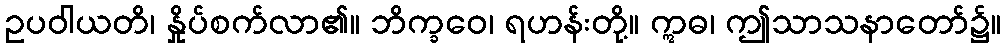
ဥပဝါယတိ၊ နှိုပ်စက်လာ၏။ ဘိက္ခဝေ၊ ရဟန်းတို့။ ဣဓ၊ ဤသာသနာတော်၌။